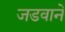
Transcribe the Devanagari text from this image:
जडवाने